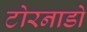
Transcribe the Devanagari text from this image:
टोरनाडो